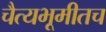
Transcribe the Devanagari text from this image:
चैत्यभूमीतच